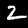
Label: 2